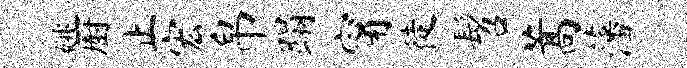
姚厨止宏帛蹋甯徒髫蒿藩